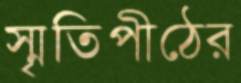
স্মৃতিপীঠের